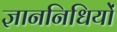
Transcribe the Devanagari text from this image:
ज्ञाननिधियों